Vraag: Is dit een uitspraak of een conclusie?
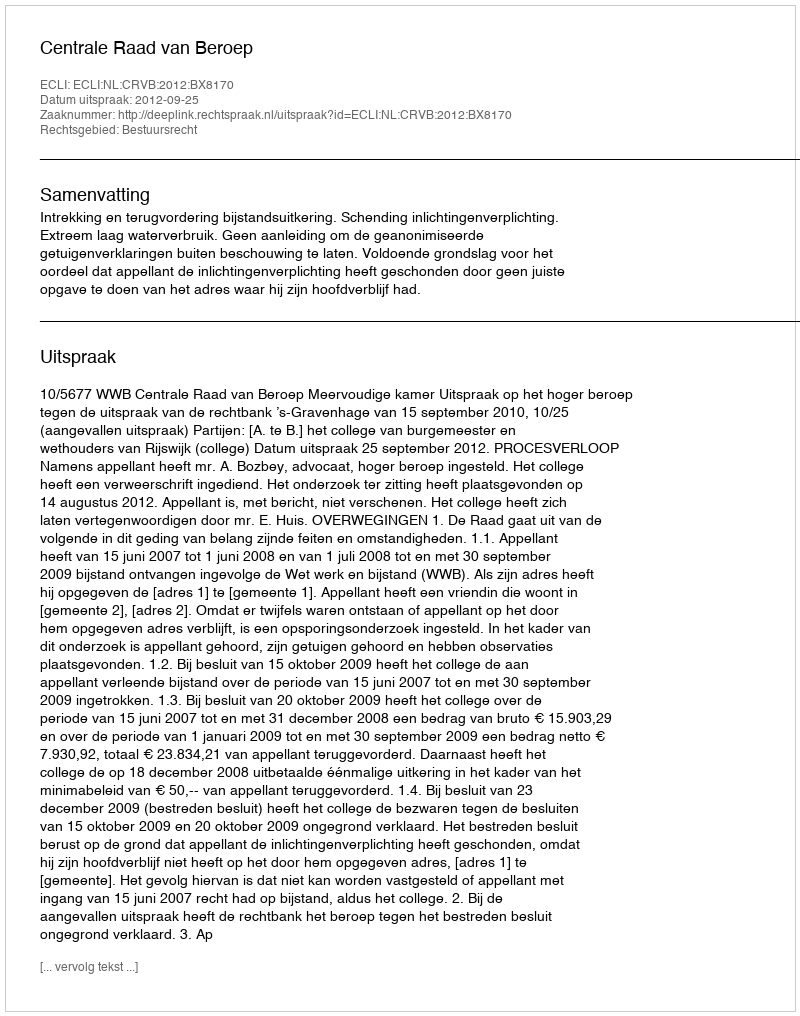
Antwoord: Uitspraak